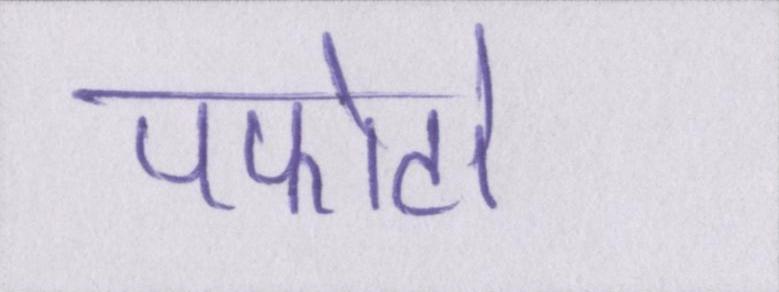
पफोटो